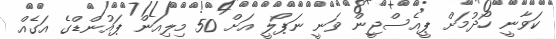
ކަވާނީ ހޯދުމަށް ޕީއެސްޖީން ވަނީ ނަޕޯލީ އަށް 50 މިލިއަން ޕައުންޑްގެ އަގެއް